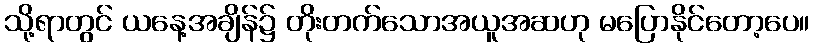
သို့ရာတွင် ယနေ့အချိန်၌ တိုးတက်သောအယူအဆဟု မပြောနိုင်တော့ပေ။